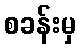
စခန်းမှ